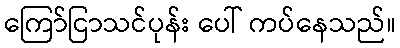
ကြော်ငြာသင်ပုန်း ပေါ် ကပ်နေသည်။